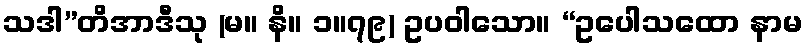
သဒါ”တိအာဒီသု (မ။ နိ။ ၁။၇၉) ဥပဝါသော။ “ဥပေါသထော နာမ